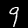
Digit: 9